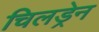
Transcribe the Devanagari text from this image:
चिलड्रेन